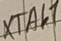
Text: XTAL2